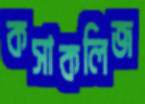
কসাকলিজ